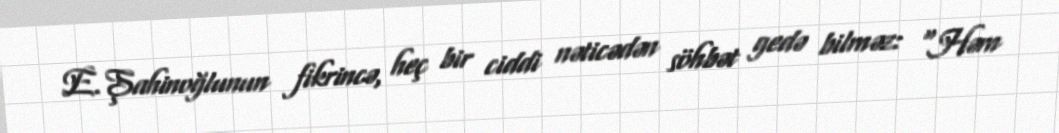
E.Şahinoğlunun fikrincə, heç bir ciddi nəticədən söhbət gedə bilməz: “Həm